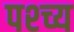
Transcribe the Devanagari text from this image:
पश्च्य